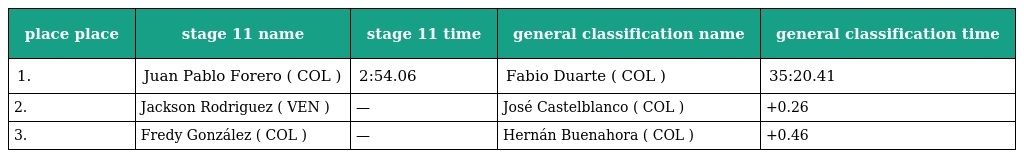
| place place | stage 11 name | stage 11 time | general classification name | general classification time |
 | --- | --- | --- | --- | --- |
 | 1. | Juan Pablo Forero ( COL ) | 2:54.06 | Fabio Duarte ( COL ) | 35:20.41 |
 | 2. | Jackson Rodriguez ( VEN ) | — | José Castelblanco ( COL ) | +0.26 |
 | 3. | Fredy González ( COL ) | — | Hernán Buenahora ( COL ) | +0.46 |